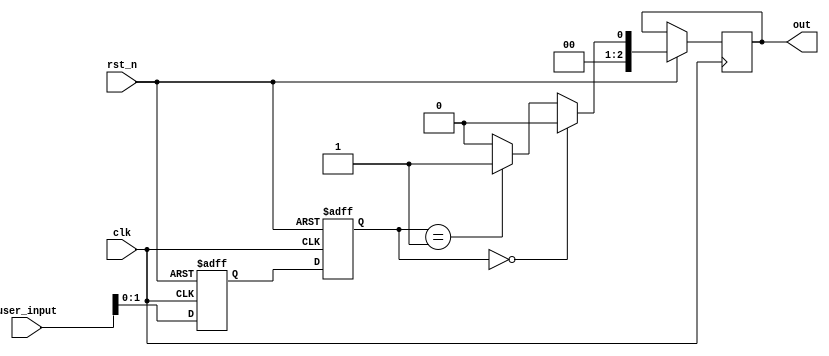
module fsm(out, user_input, clk, rst_n);

input [2:0] user_input;
input clk, rst_n;
output reg [2:0] out;
reg [1:0] state_reg,state_next;

//sequential part
always @ (posedge clk or negedge rst_n )
    begin
        if (!rst_n)
        state_reg <= 2'h0;
        else
        state_reg <= state_next;
    end

//next state and output logic
//-copilot next line-
//copilot mean_prob: 0.6846800327436398

always @ (posedge clk or negedge rst_n)
    begin
        if (!rst_n)
        state_next <= 1'h0;
        else
        begin
        state_next <= user_input;
        if (state_reg == 1'h0)
            out <= 1'h0;
        else if (state_reg == 1'h1)
            out <= 1'h1;
        else if (state_reg == 1'h2)
            out <= 1'h2;
        else if (state_reg == 1'h3)
            out <= 1'h3;
        else if (state_reg == 1'h4)
            out <= 1'h4;
        else if (state_reg == 1'h5)
            out <= 1'h5;
        else if (state_reg == 1'h6)
            out <= 1'h6;
        else if (state_reg == 1'h7)
            out <= 1'h7;
        else if (state_reg == 1'h0)
            out <= 1'h0;
        else
            out <= 1'h0;
        end
    end



endmodule